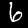
Label: 6